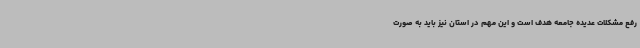
رفع مشکلات عدیده‌ جامعه هدف است و این مهم در استان نیز باید به صورت